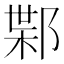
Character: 𲆗